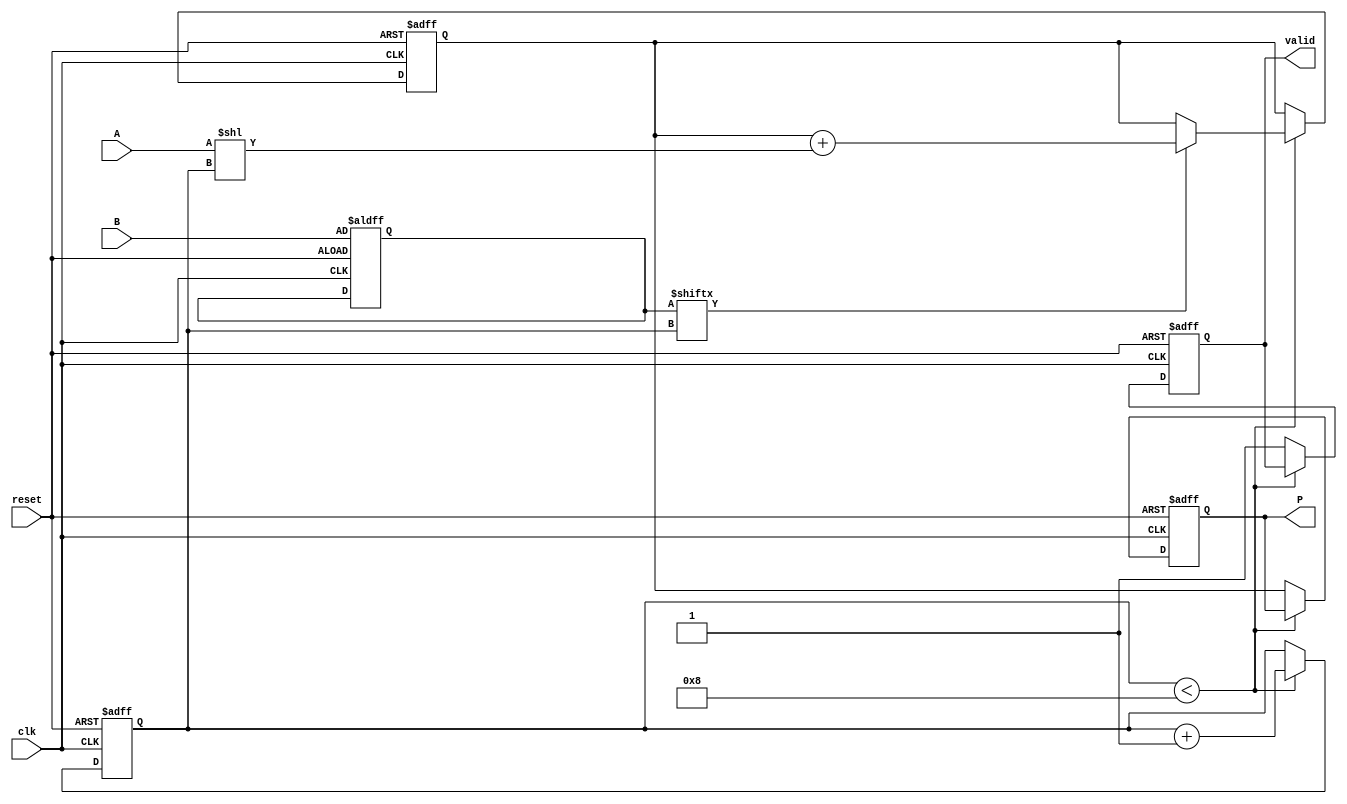
module PartialProductAccumulator #(
    parameter N = 8, // Width of multiplicand
    parameter M = 8  // Width of multiplier
)(
    input wire [N-1:0] A,          // Multiplicand
    input wire [M-1:0] B,          // Multiplier
    input wire clk,                 // Clock signal
    input wire reset,               // Asynchronous reset
    output reg [(N + M) - 1:0] P,   // Product
    output reg valid                // Valid signal
);

    reg [M-1:0] multiplier;         // Internal multiplier register
    reg [(N + M) - 1:0] accumulator; // Accumulator for partial products
    reg [3:0] count;                // Counter for bits processed

    // Asynchronous reset
    always @(posedge clk or posedge reset) begin
        if (reset) begin
            P <= 0;
            accumulator <= 0;
            multiplier <= B;
            count <= 0;
            valid <= 0;
        end else begin
            if (count < M) begin
                // Generate partial product
                if (multiplier[count]) begin
                    accumulator <= accumulator + (A << count);
                end
                count <= count + 1;
            end else begin
                // Accumulation complete
                P <= accumulator;
                valid <= 1;
            end
        end
    end

endmodule